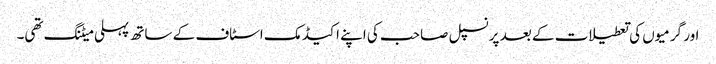
اور گرمیوں کی تعطیلات کے بعد پرنسپل صاحب کی اپنے اکیڈمک اسٹاف کے ساتھ پہلی میٹنگ تھی۔